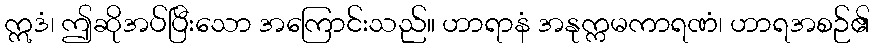
ဣဒံ၊ ဤဆိုအပ်ပြီးသော အကြောင်းသည်။ ဟာရာနံ အနုက္ကမကာရဏံ၊ ဟာရအစဉ်၏